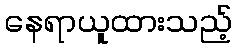
နေရာယူထားသည့်